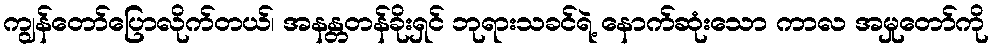
ကျွန်တော်ပြောလိုက်တယ်၊ အနန္တတန်ခိုးရှင် ဘုရားသခင်ရဲ့ နောက်ဆုံးသော ကာလ အမှုတော်ကို